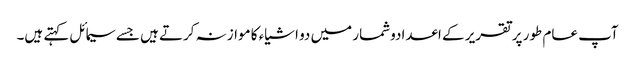
آپ عام طور پر تقریر کے اعدادوشمار میں دو اشیاء کا موازنہ کرتے ہیں جسے سیمائل کہتے ہیں۔